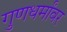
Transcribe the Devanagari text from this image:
गुणधर्मांवर